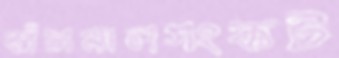
কাঁচামালসংকট